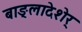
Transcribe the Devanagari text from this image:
बाङ्लादेशेर्